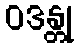
ဝဒန္တု